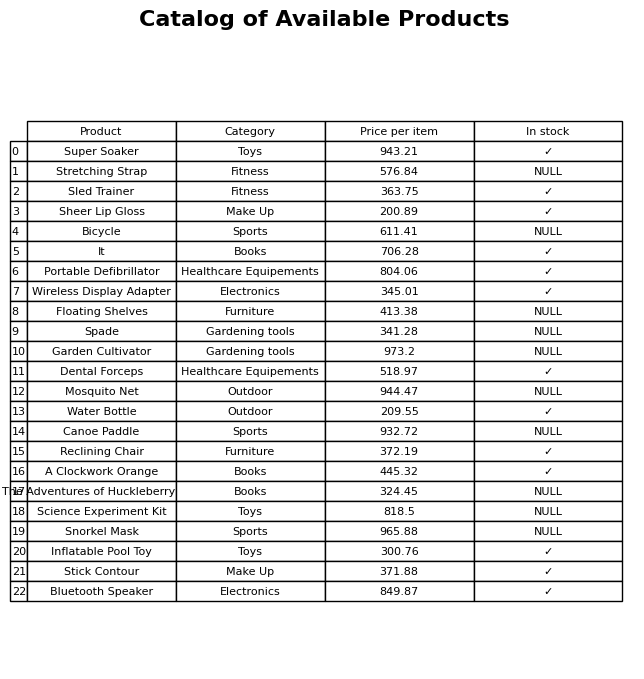
question: Is the Stretching Strap in stock?
answer: NULL